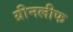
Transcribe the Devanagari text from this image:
ग्रीनलीफ